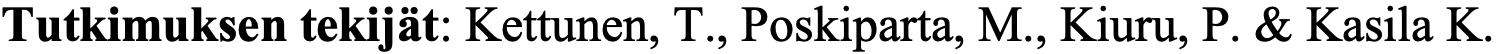
Tutkimuksen tekijät: Kettunen, T., Poskiparta, M., Kiuru, P. & Kasila K.